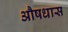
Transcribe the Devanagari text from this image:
औषधास